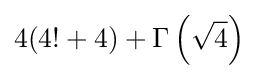
4(4!+4)+\Gamma \left({\sqrt {4}}\right)